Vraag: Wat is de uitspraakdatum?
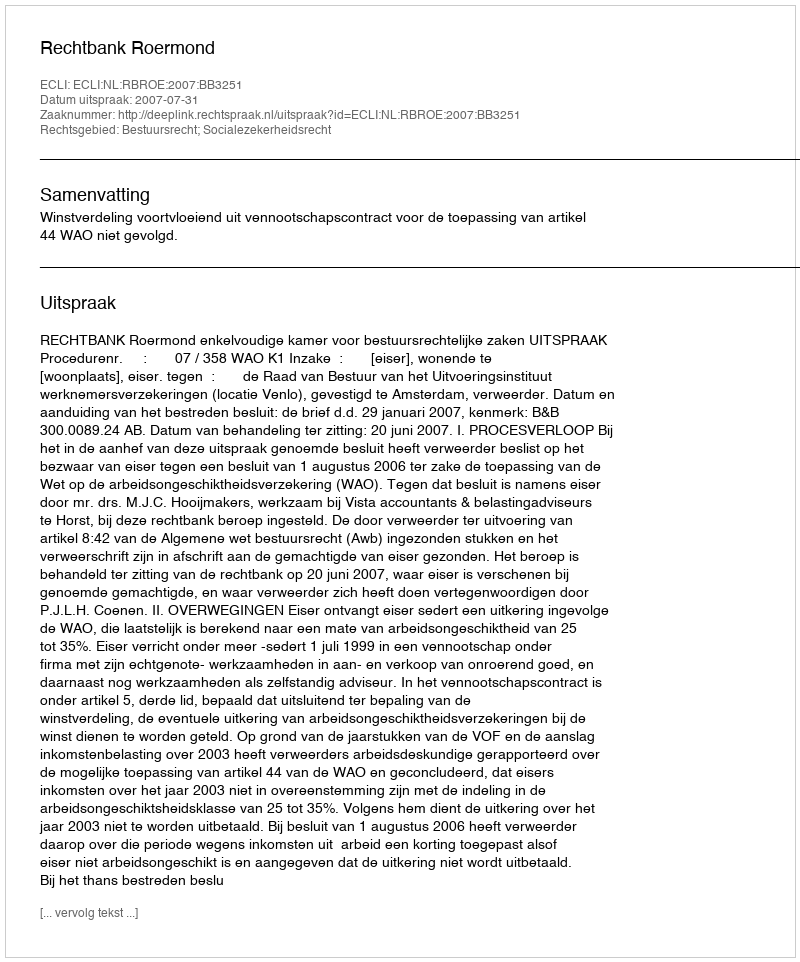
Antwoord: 2007-07-31